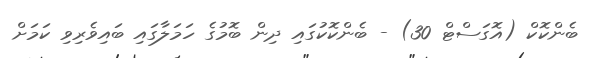
ބެންކޮކް (އޮގަސްޓް 30) - ބެންކޮކުގައި ދިން ބޮމުގެ ހަމަލާގައި ބައިވެރިވި ކަމަށް